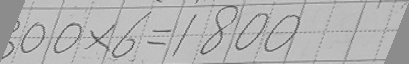
0 0 \times 6 = 1 8 0 0